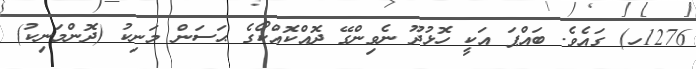
1276ހ) ގައެވެ. ބައްޕަ އަކީ ހޮޅުދޫ ނެވިންގޭ ދޮއްކޮއްކޯގެ ޙަސަން މަނިކު (ދޮންމަނިކު)